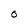
Character: O